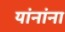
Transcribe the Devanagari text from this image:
यांनांना